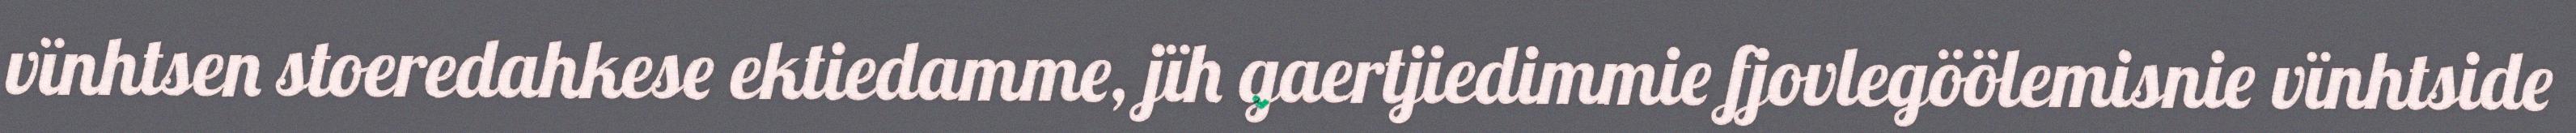
vïnhtsen stoeredahkese ektiedamme, jïh gaertjiedimmie fjovlegöölemisnie vïnhtside